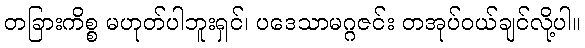
တခြားကိစ္စ မဟုတ်ပါဘူးရှင်၊ ပဒေသာမဂ္ဂဇင်း တအုပ်ဝယ်ချင်လို့ပါ။